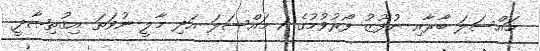
މައްސަލަ ބާރާއި ނުފޫޒު ފޯރުވުމުގެ 1 މައްސަލަ އަދި މާލީ ނުވަތަ އިޤުތިޞާދީ